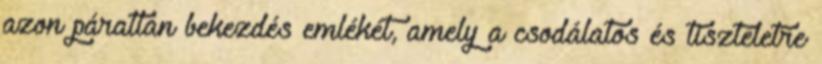
azon páratlan bekezdés emlékét, amely a csodálatos és tiszteletre